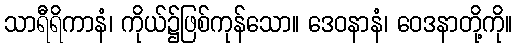
သာရီရိကာနံ၊ ကိုယ်၌ဖြစ်ကုန်သော။ ဒေဝနာနံ၊ ဝေဒနာတို့ကို။